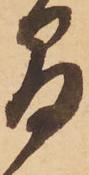
間